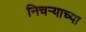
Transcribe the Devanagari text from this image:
निचर्‍याच्या